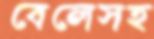
বেলেসহ